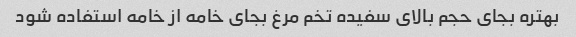
بهتره بجای حجم بالای سفیده تخم مرغ بجای خامه از خامه استفاده شود